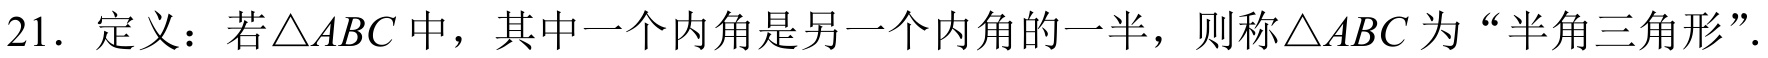
21. 定义：若\(\triangle ABC\) 中，其中一个内角是另一个内角的一半，则称\(\triangle ABC\) 为“半角三角形”．